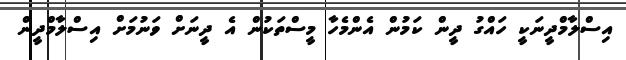
އިސްލާމްދީނަކީ ހައްގު ދީން ކަމުން އެންމެހާ މީސްތަކުން އެ ދީނަށް ވަނުމަށް އިސްލާމްދީން